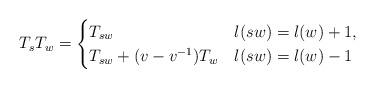
LaTeX: \begin{align*}T_s T_w =\begin{cases} T_{sw} & l(sw) = l(w)+1,\\ T_{sw}+(v-v^{-1}) T_w & l(sw) = l(w)-1\end{cases}\end{align*}